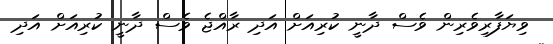
ވިޔަފާރިވެރިން ވެސް ދާނީ ކުރިއަށް އަދި ރާއްޖެ ވެސް ދާނީ ކުރިއަށް އަދި